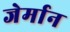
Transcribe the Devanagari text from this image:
जेर्मान